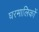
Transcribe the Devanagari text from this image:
घरमालिकों